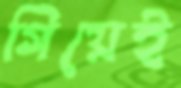
গিয়েই